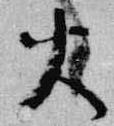
火